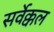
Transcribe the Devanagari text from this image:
सर्वेक्कल